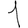
Digit: 1